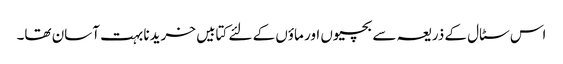
اس سٹال کے ذریعہ سے بچیوں اور ماؤں کے لئے کتابیں خریدنا بہت آسان تھا۔